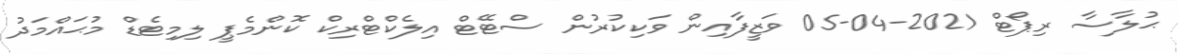
ޙުލާސާ ރިޕޯޓް 2021-04-05 ވަޒީފާއިން ވަކިކުރުން ސްޓޭޓް އިލެކްޓްރިކް ކޮންމެޕީ ލިމިޓެޑް މުޙައްމަދު